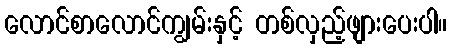
လောင်စာလောင်ကျွမ်းနှင့် တစ်လှည့်ဖျားပေးပါ။